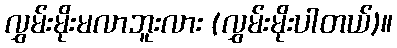
လွှမ်းမိုးမလာဘူးလား (လွှမ်းမိုးပါတယ်)။